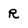
Character: R